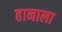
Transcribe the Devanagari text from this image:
हानाला